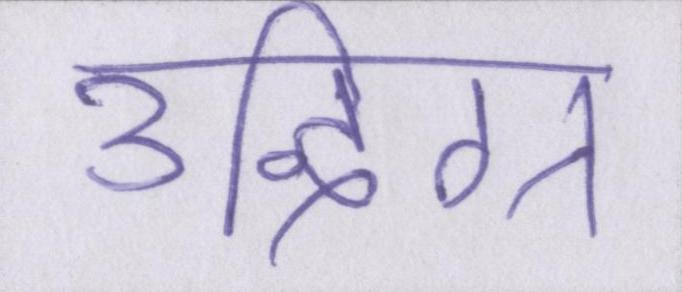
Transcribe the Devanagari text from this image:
उद्विग्न